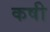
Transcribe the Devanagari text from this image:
कषी